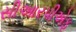
સીઆરપીએફ